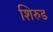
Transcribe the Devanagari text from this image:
शिरुड